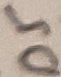
Text: D5